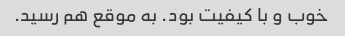
خوب و با کیفیت بود. به موقع هم رسید.